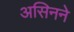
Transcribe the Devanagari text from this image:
असिनने